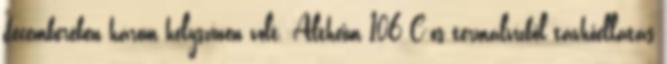
decemberében három helyszínen volt. Altheim 106 C-os termálvízből távhőellátás